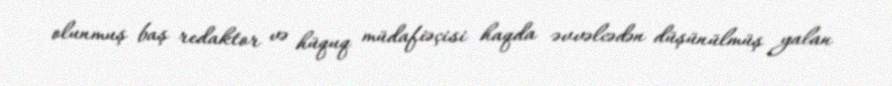
olunmuş baş redaktor və hüquq müdafiəçisi haqda əvvəlcədən düşünülmüş yalan